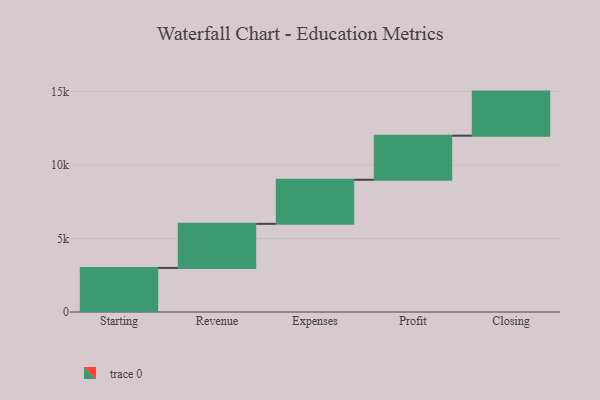
{"axis": {"x": "Step", "y": "Value"}, "legend": [""], "data": [{"x": "Starting", "y": 3000, "type": ""}, {"x": "Revenue", "y": 3000, "type": ""}, {"x": "Expenses", "y": 3000, "type": ""}, {"x": "Profit", "y": 3000, "type": ""}, {"x": "Closing", "y": 3000, "type": ""}]}